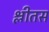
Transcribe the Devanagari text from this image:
श्लीतस